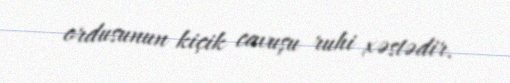
ordusunun kiçik cavuşu ruhi xəstədir.